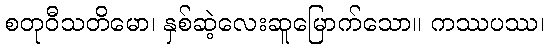
စတုဝီသတိမော၊ နှစ်ဆဲ့လေးဆူမြောက်သော။ ကဿပဿ၊